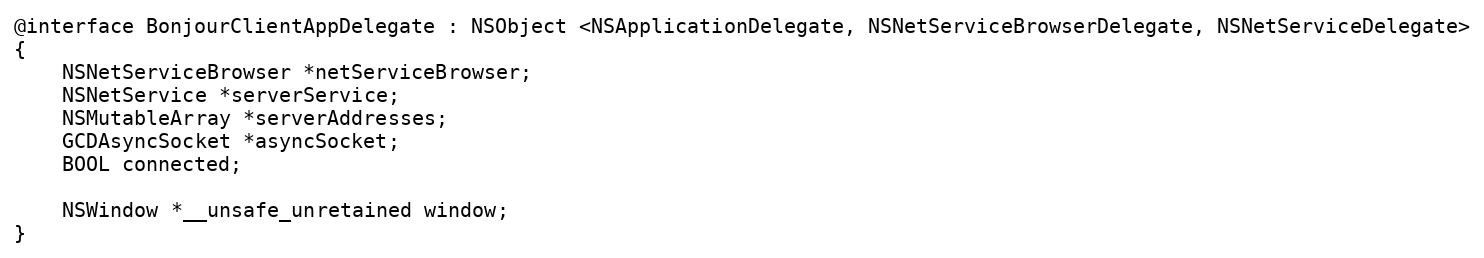
Language: C
@interface BonjourClientAppDelegate : NSObject <NSApplicationDelegate, NSNetServiceBrowserDelegate, NSNetServiceDelegate>
{
	NSNetServiceBrowser *netServiceBrowser;
	NSNetService *serverService;
	NSMutableArray *serverAddresses;
	GCDAsyncSocket *asyncSocket;
	BOOL connected;

	NSWindow *__unsafe_unretained window;
}